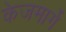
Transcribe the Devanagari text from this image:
केजमार्गे